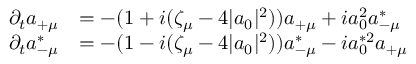
\begin{array} { r l } { \partial _ { t } a _ { + \mu } } & { = - ( 1 + i ( \zeta _ { \mu } - 4 | a _ { 0 } | ^ { 2 } ) ) a _ { + \mu } + i a _ { 0 } ^ { 2 } a _ { - \mu } ^ { * } } \\ { \partial _ { t } a _ { - \mu } ^ { * } } & { = - ( 1 - i ( \zeta _ { \mu } - 4 | a _ { 0 } | ^ { 2 } ) ) a _ { - \mu } ^ { * } - i a _ { 0 } ^ { * 2 } a _ { + \mu } } \end{array}